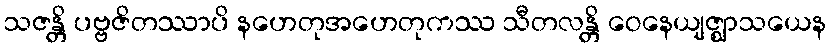
သဇန္တိ ပဗ္ဗဇိတဿာပိ နဟေတုအဟေတုကဿ သီတလန္တိ ဝေနေယျဇ္ဈာသယေန